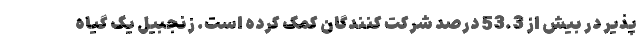
پذیر در بیش از 53.3 درصد شرکت کنندگان کمک کرده است. زنجبیل یک گیاه